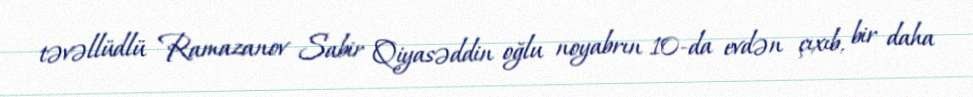
təvəllüdlü Ramazanov Sabir Qiyasəddin oğlu noyabrın 10-da evdən çıxıb, bir daha